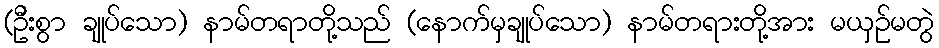
(ဦးစွာ ချုပ်သော) နာမ်တရာတို့သည် (နောက်မှချုပ်သော) နာမ်တရားတို့အား မယှဉ်မတွဲ